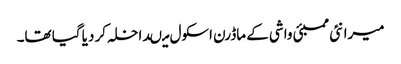
میرا نئی ممبئی واشی کے ماڈرن اسکول میںداخلہ کر دیا گیا تھا۔